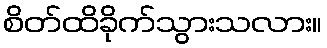
စိတ်ထိခိုက်သွားသလား။